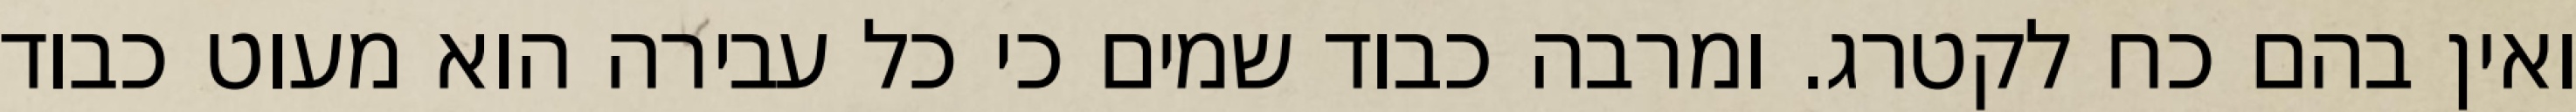
ואין בהם כח לקטרג. ומרבה כבוד שמים כי כל עבירה הוא מעוט כבוד